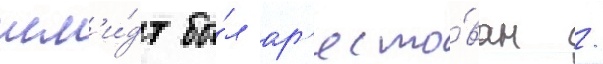
шм'и́дт бы́л ар'есто́ван /